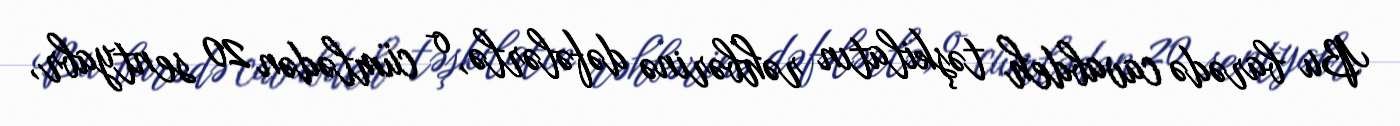
Bu barədə cavabdeh təşkilatın rəhbərinə dəfələrlə, o cümlədən 20 sentyabr,